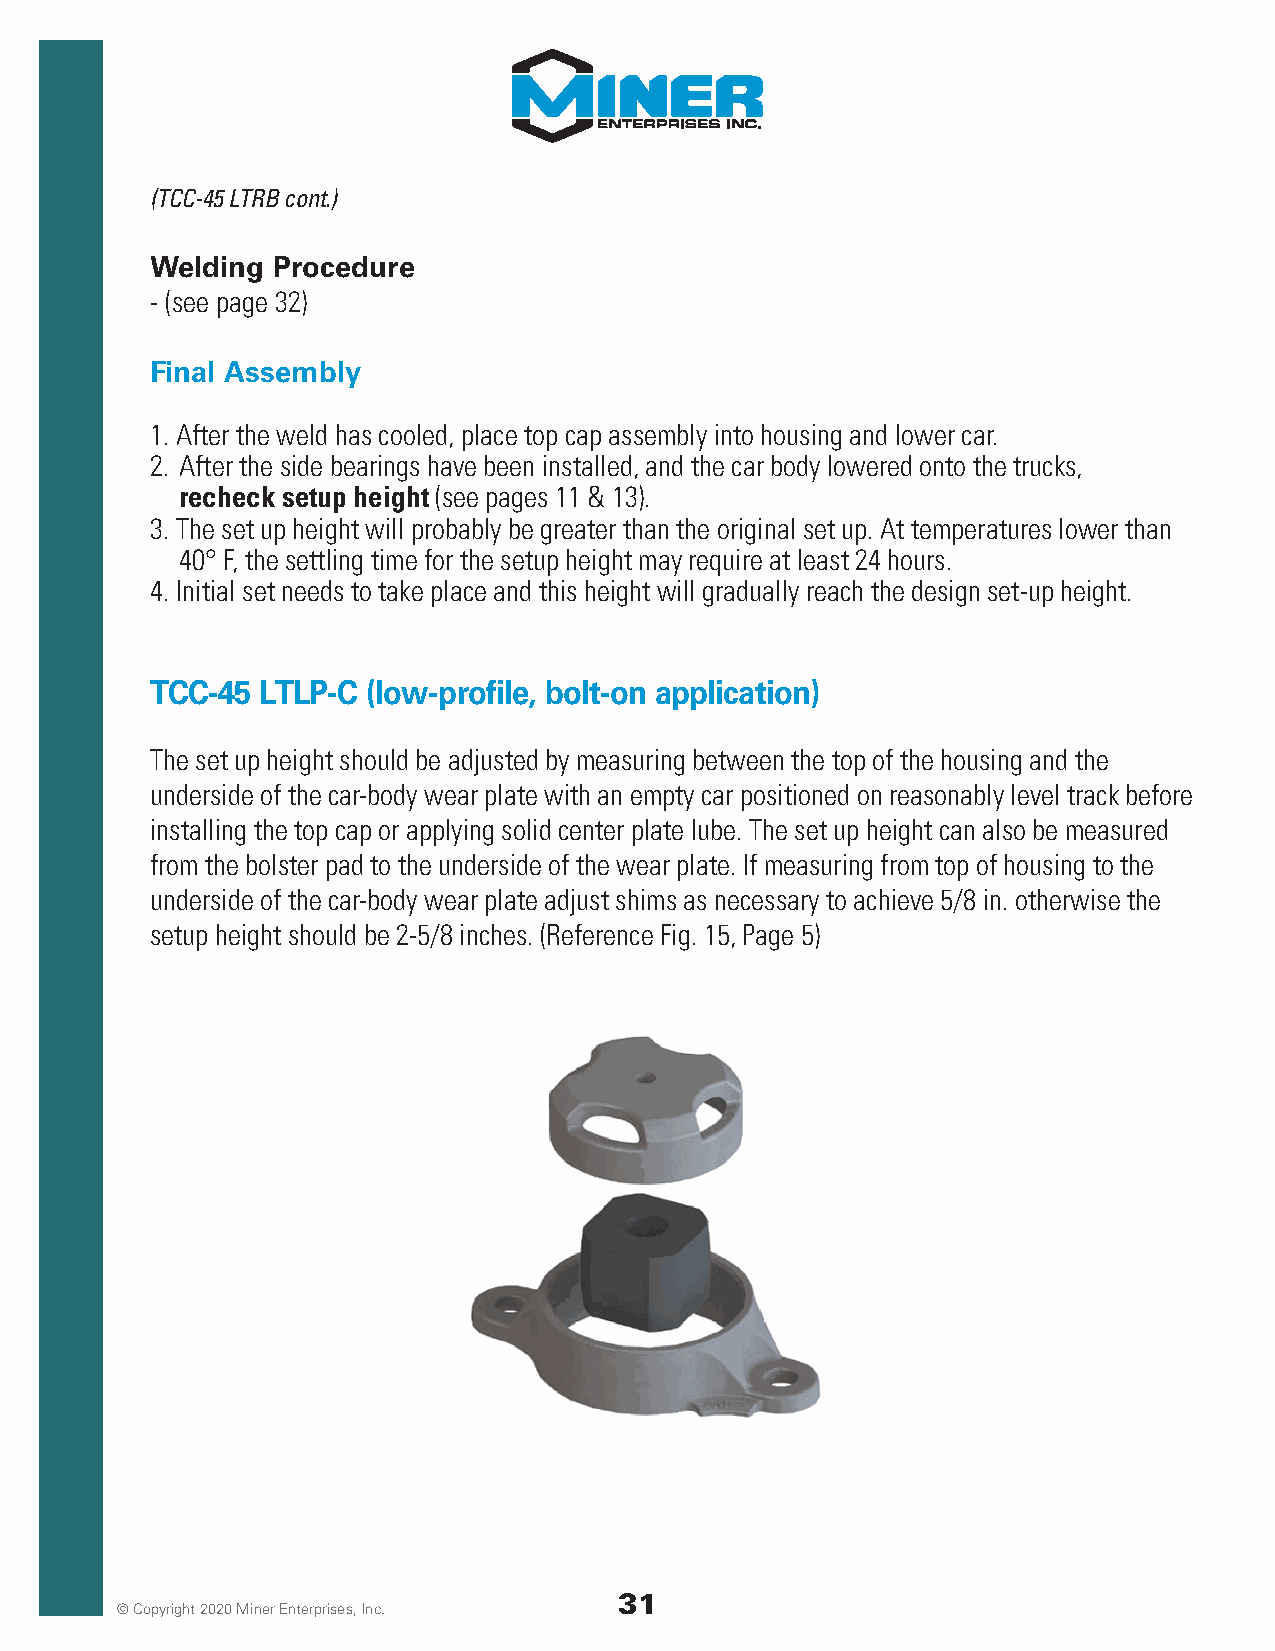
(TCC-45 LTRB cont.)
 Welding Procedure
 - (see page 32)
 Final Assembly
 1. After the weld has cooled, place top cap assembly into housing and lower car.
 2. After the side bearings have been installed, and the car body lowered onto the trucks,
 recheck setup height (see pages 11 & 13).
 3. The set up height will probably be greater than the original set up. At temperatures lower than
 40° F, the settling time for the setup height may require at least 24 hours.
 4. Initial set needs to take place and this height will gradually reach the design set-up height.
 TCC-45 LTLP-C (low-profile, bolt-on application)
 The set up height should be adjusted by measuring between the top of the housing and the
 underside of the car-body wear plate with an empty car positioned on reasonably level track before
 installing the top cap or applying solid center plate lube. The set up height can also be measured
 from the bolster pad to the underside of the wear plate. If measuring from top of housing to the
 underside of the car-body wear plate adjust shims as necessary to achieve 5/8 in. otherwise the
 setup height should be 2-5/8 inches. (Reference Fig. 15, Page 5)
 31
 © Copyright 2020 Miner Enterprises, Inc.